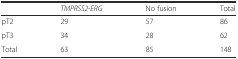
<table><thead><tr><td></td><td><b><i>TMPRSS2-ERG</i></b></td><td><b>No fusion</b></td><td><b>Total</b></td></tr></thead><tbody><tr><td>pT2</td><td>29</td><td>57</td><td>86</td></tr><tr><td>pT3</td><td>34</td><td>28</td><td>62</td></tr><tr><td>Total</td><td>63</td><td>85</td><td>148</td></tr></tbody></table>